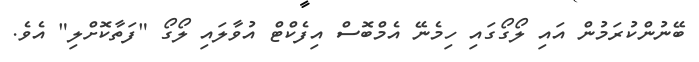
ބޭނުންކުރަމުން އައި ލޯގޯގައި ހިމެނޭ އެމްބޮސް އިފެކްޓް އުވާލައި ލޯގޯ "ފަތާކޮށްލި" އެވެ.